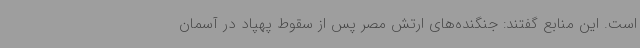
است. این منابع گفتند: جنگنده‌های ارتش مصر پس از سقوط پهپاد در آسمان